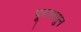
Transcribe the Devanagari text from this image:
पूरापासुन